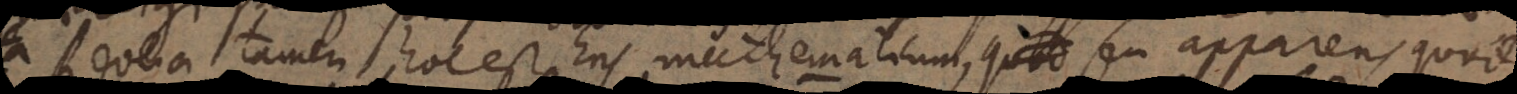
Revera tamen hoc est Ens mathematicum, seu apparens, quod